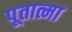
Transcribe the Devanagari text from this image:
पूतात्मा